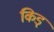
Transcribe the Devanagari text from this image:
किड्